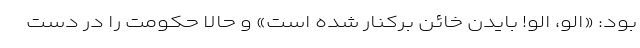
بود: «الو، الو! بایدن خائن برکنار شده است» و حالا حکومت را در دست